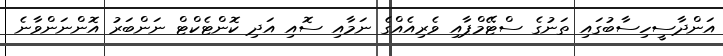
އަންދާސީހިސާބުގައި ތަނުގެ ސްޓޭމްޕާއި ވެރިއެއްގެ ނަމާއި ސޮއި އަދި ކޮންޓެކްޓް ނަންބަރު އޮންނަންވާނެ